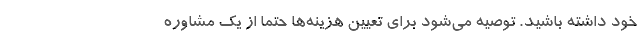
خود داشته باشید. توصیه می‌شود برای تعیین هزینه‌ها حتماً از یک مشاوره